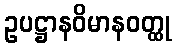
ဥပဋ္ဌာနဝိမာနဝတ္ထု